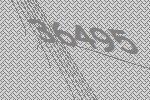
36495